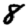
Digit: 8